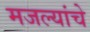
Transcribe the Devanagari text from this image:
मजल्यांचे